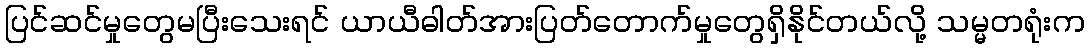
ပြင်ဆင်မှုတွေမပြီးသေးရင် ယာယီဓါတ်အားပြတ်တောက်မှုတွေရှိနိုင်တယ်လို့ သမ္မတရုံးက